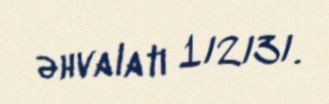
əhvalatı 1/2/3/.